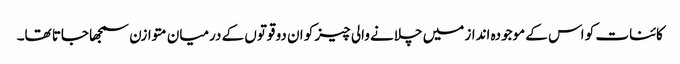
کائنات کو اس کے موجودہ انداز میں چلانے والی چیز کو ان دو قوتوں کے درمیان متوازن سمجھا جاتا تھا۔